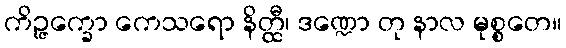
ကိဉ္ဇက္ခော ကေသရော နိတ္ထီ၊ ဒဏ္ဍော တု နာလ မုစ္စတေ။